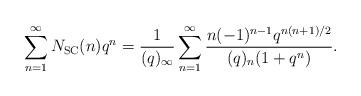
LaTeX: \begin{align*}\sum_{n=1}^{\infty}N_{\textup{SC}}(n)q^n=\frac{1}{(q)_{\infty}}\sum_{n=1}^{\infty}\frac{n(-1)^{n-1}q^{n(n+1)/2}}{(q)_n(1+q^n)}.\end{align*}